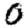
Digit: 0